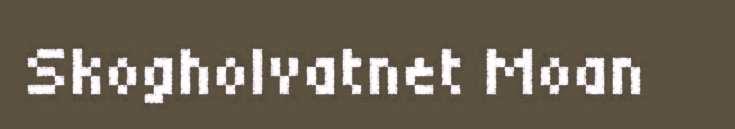
Skogholvatnet Moan